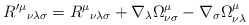
\begin{align*}R'^{\mu}{}_{\nu\lambda\sigma} = R^{\mu}{}_{\nu\lambda\sigma} +\nabla_\lambda \Omega^{\mu}_{\nu\sigma} - \nabla_\sigma\Omega^{\mu}_{\nu\lambda}\end{align*}